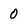
Character: o